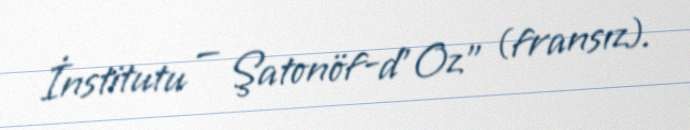
İnstitutu — Şatonöf-d'Oz" (fransız).